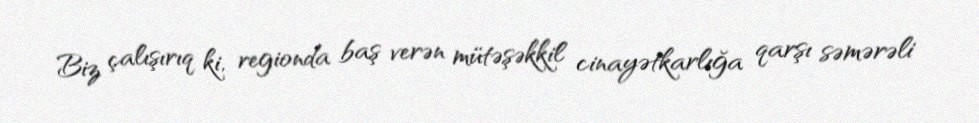
Biz çalışırıq ki, regionda baş verən mütəşəkkil cinayətkarlığa qarşı səmərəli